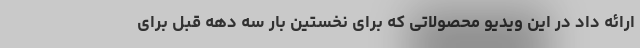
ارائه داد در این ویدیو محصولاتی که برای نخستین بار سه دهه قبل برای